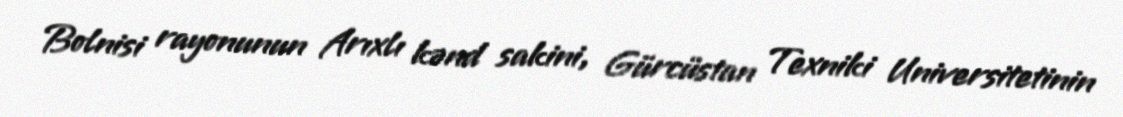
Bolnisi rayonunun Arıxlı kənd sakini, Gürcüstan Texniki Universitetinin